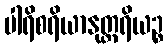
ပါရိစရိယာနုတ္တရိယဉ္စ